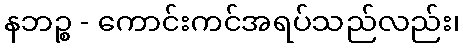
နဘဉ္စ - ကောင်းကင်အရပ်သည်လည်း၊